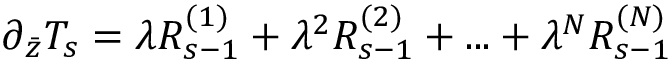
\partial _ { \bar { z } } T _ { s } = \lambda R _ { s - 1 } ^ { ( 1 ) } + \lambda ^ { 2 } R _ { s - 1 } ^ { ( 2 ) } + . . . + \lambda ^ { N } R _ { s - 1 } ^ { ( N ) }